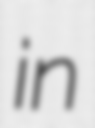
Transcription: in